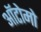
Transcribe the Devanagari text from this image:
ऑटोमो